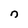
Character: n